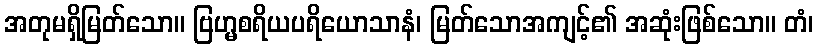
အတုမရှိမြတ်သော။ ဗြဟ္မစရိယပရိယောသာနံ၊ မြတ်သောအကျင့်၏ အဆုံးဖြစ်သော။ တံ၊